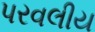
પરવલીય